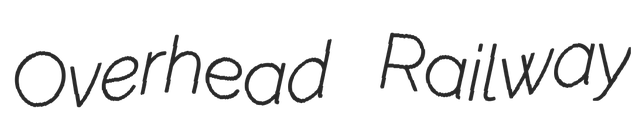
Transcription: Overhead Railway